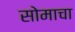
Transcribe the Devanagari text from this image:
सोमाचा